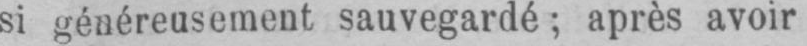
si généreusement sauvegardé; après avoir